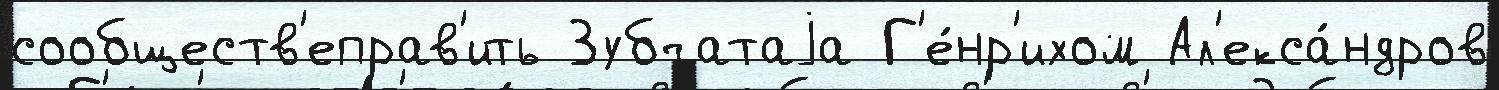
сообществ'еправ'ить Зубчатаjа Г'е́нр'ихом Ал'екса́ндров